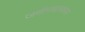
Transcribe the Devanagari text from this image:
जमीनधारकास